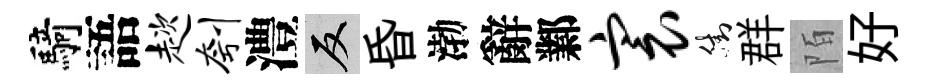
騎語趑刳澧反昏渤辭鄴寰街群陌好